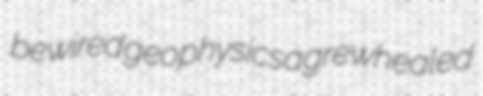
bewired geophysics agre whealed